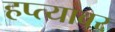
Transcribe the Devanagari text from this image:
हप्त्यावर